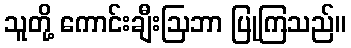
သူတို့ ကောင်းချီးဩဘာ ပြုကြသည်။